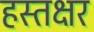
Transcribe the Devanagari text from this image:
हस्तक्षर